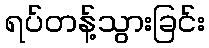
ရပ်တန့်သွားခြင်း